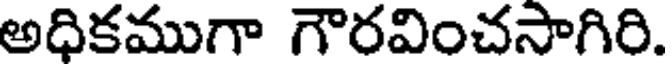
అదికముగా గౌరవించసాగిరి.